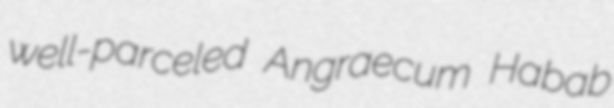
well-parceled Angraecum Habab